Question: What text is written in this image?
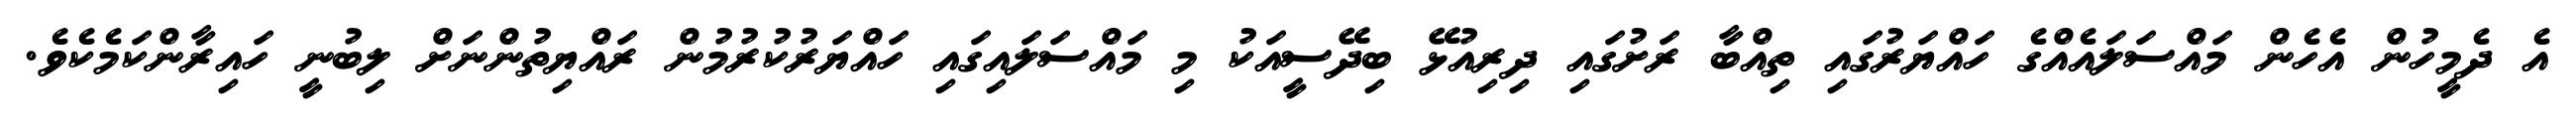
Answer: އެ ދެމީހުން އެހެން މައްސަލައެއްގެ ހައްޔަރުގައި ތިއްބާ ރަށުގައި ދިރިއުޅޭ ބިދޭސީއަކު މި މައްސަލައިގައި ހައްޔަރުކުރުމުން ރައްޔިތުންނަށް ލިބުނީ ހައިރާންކަމެކެވެ.